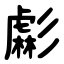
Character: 虨